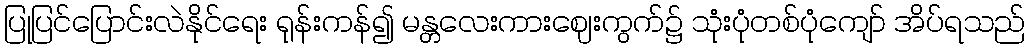
ပြုပြင်ပြောင်းလဲနိုင်ရေး ရုန်းကန်၍ မန္တလေးကားဈေးကွက်၌ သုံးပုံတစ်ပုံကျော် အိပ်ရသည်